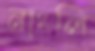
নাংলি